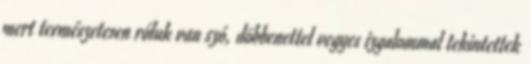
mert természetesen róluk van szó, döbbenettel vegyes izgalommal tekintettek